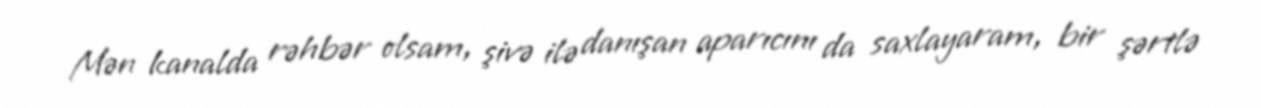
Mən kanalda rəhbər olsam, şivə ilə danışan aparıcını da saxlayaram, bir şərtlə